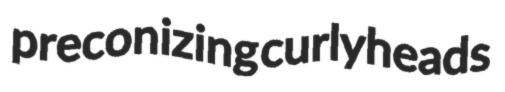
preconizing curlyheads